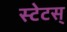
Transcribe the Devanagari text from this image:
स्टेटस्